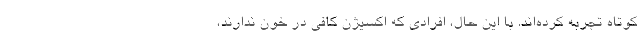
کوتاه تجربه کرده‌اند. با این حال، افرادی که اکسیژن کافی در خون ندارند،